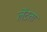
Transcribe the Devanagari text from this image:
लेंटता